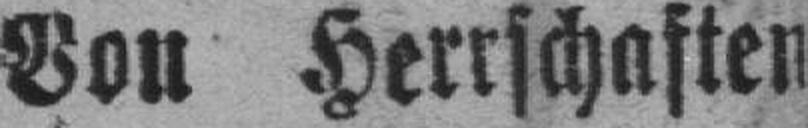
Von Herrschaften